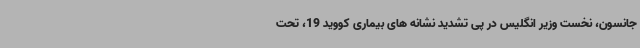
جانسون، نخست وزیر انگلیس در پی تشدید نشانه های بیماری کووید 19، تحت